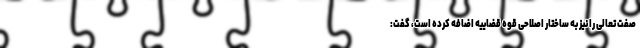
صفت تعالی را نیز به ساختار اصلاحی قوه قضاییه اضافه کرده است، گفت: